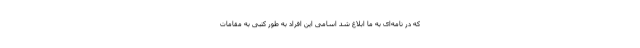
که در نامه‌ای به ما ابلاغ شد اسامی این افراد به طور کتبی به مقامات